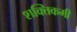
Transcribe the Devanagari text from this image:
शक्तिकमी